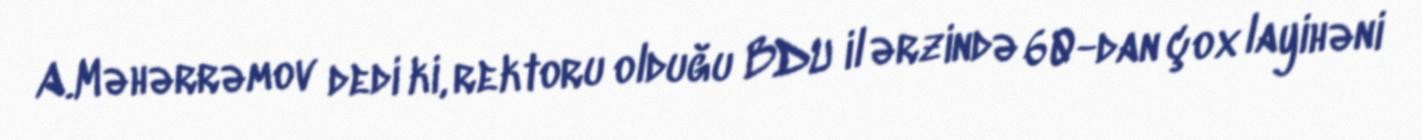
A.Məhərrəmov dedi ki, rektoru olduğu BDU il ərzində 60-dan çox layihəni